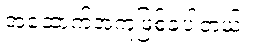
အထောက်အကူဖြစ်ခဲ့ပါတယ်။